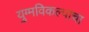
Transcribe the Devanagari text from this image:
युग्मविकल्पाचा